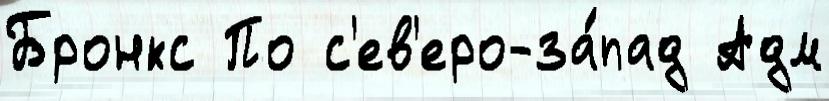
Бронкс По с'ев'еро-за́пад Адм